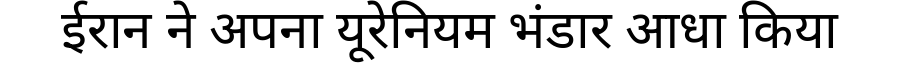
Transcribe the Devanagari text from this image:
ईरान ने अपना यूरेनियम भंडार आधा किया